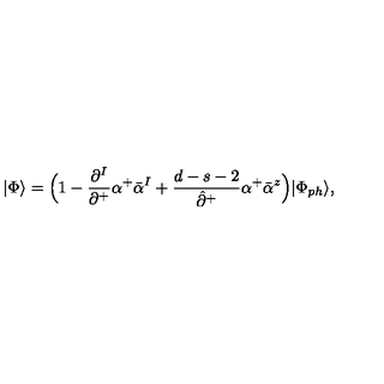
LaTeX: | \Phi \rangle = \Bigl ( 1 - \frac { \partial ^ { I } } { \partial ^ { + } } \alpha ^ { + } \bar { \alpha } ^ { I } + \frac { d - s - 2 } { \hat { \partial } ^ { + } } \alpha ^ { + } \bar { \alpha } ^ { z } \Bigr ) | \Phi _ { p h } \rangle ,